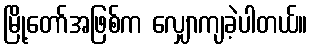
မြို့တော်အဖြစ်က လျှောကျခဲ့ပါတယ်။